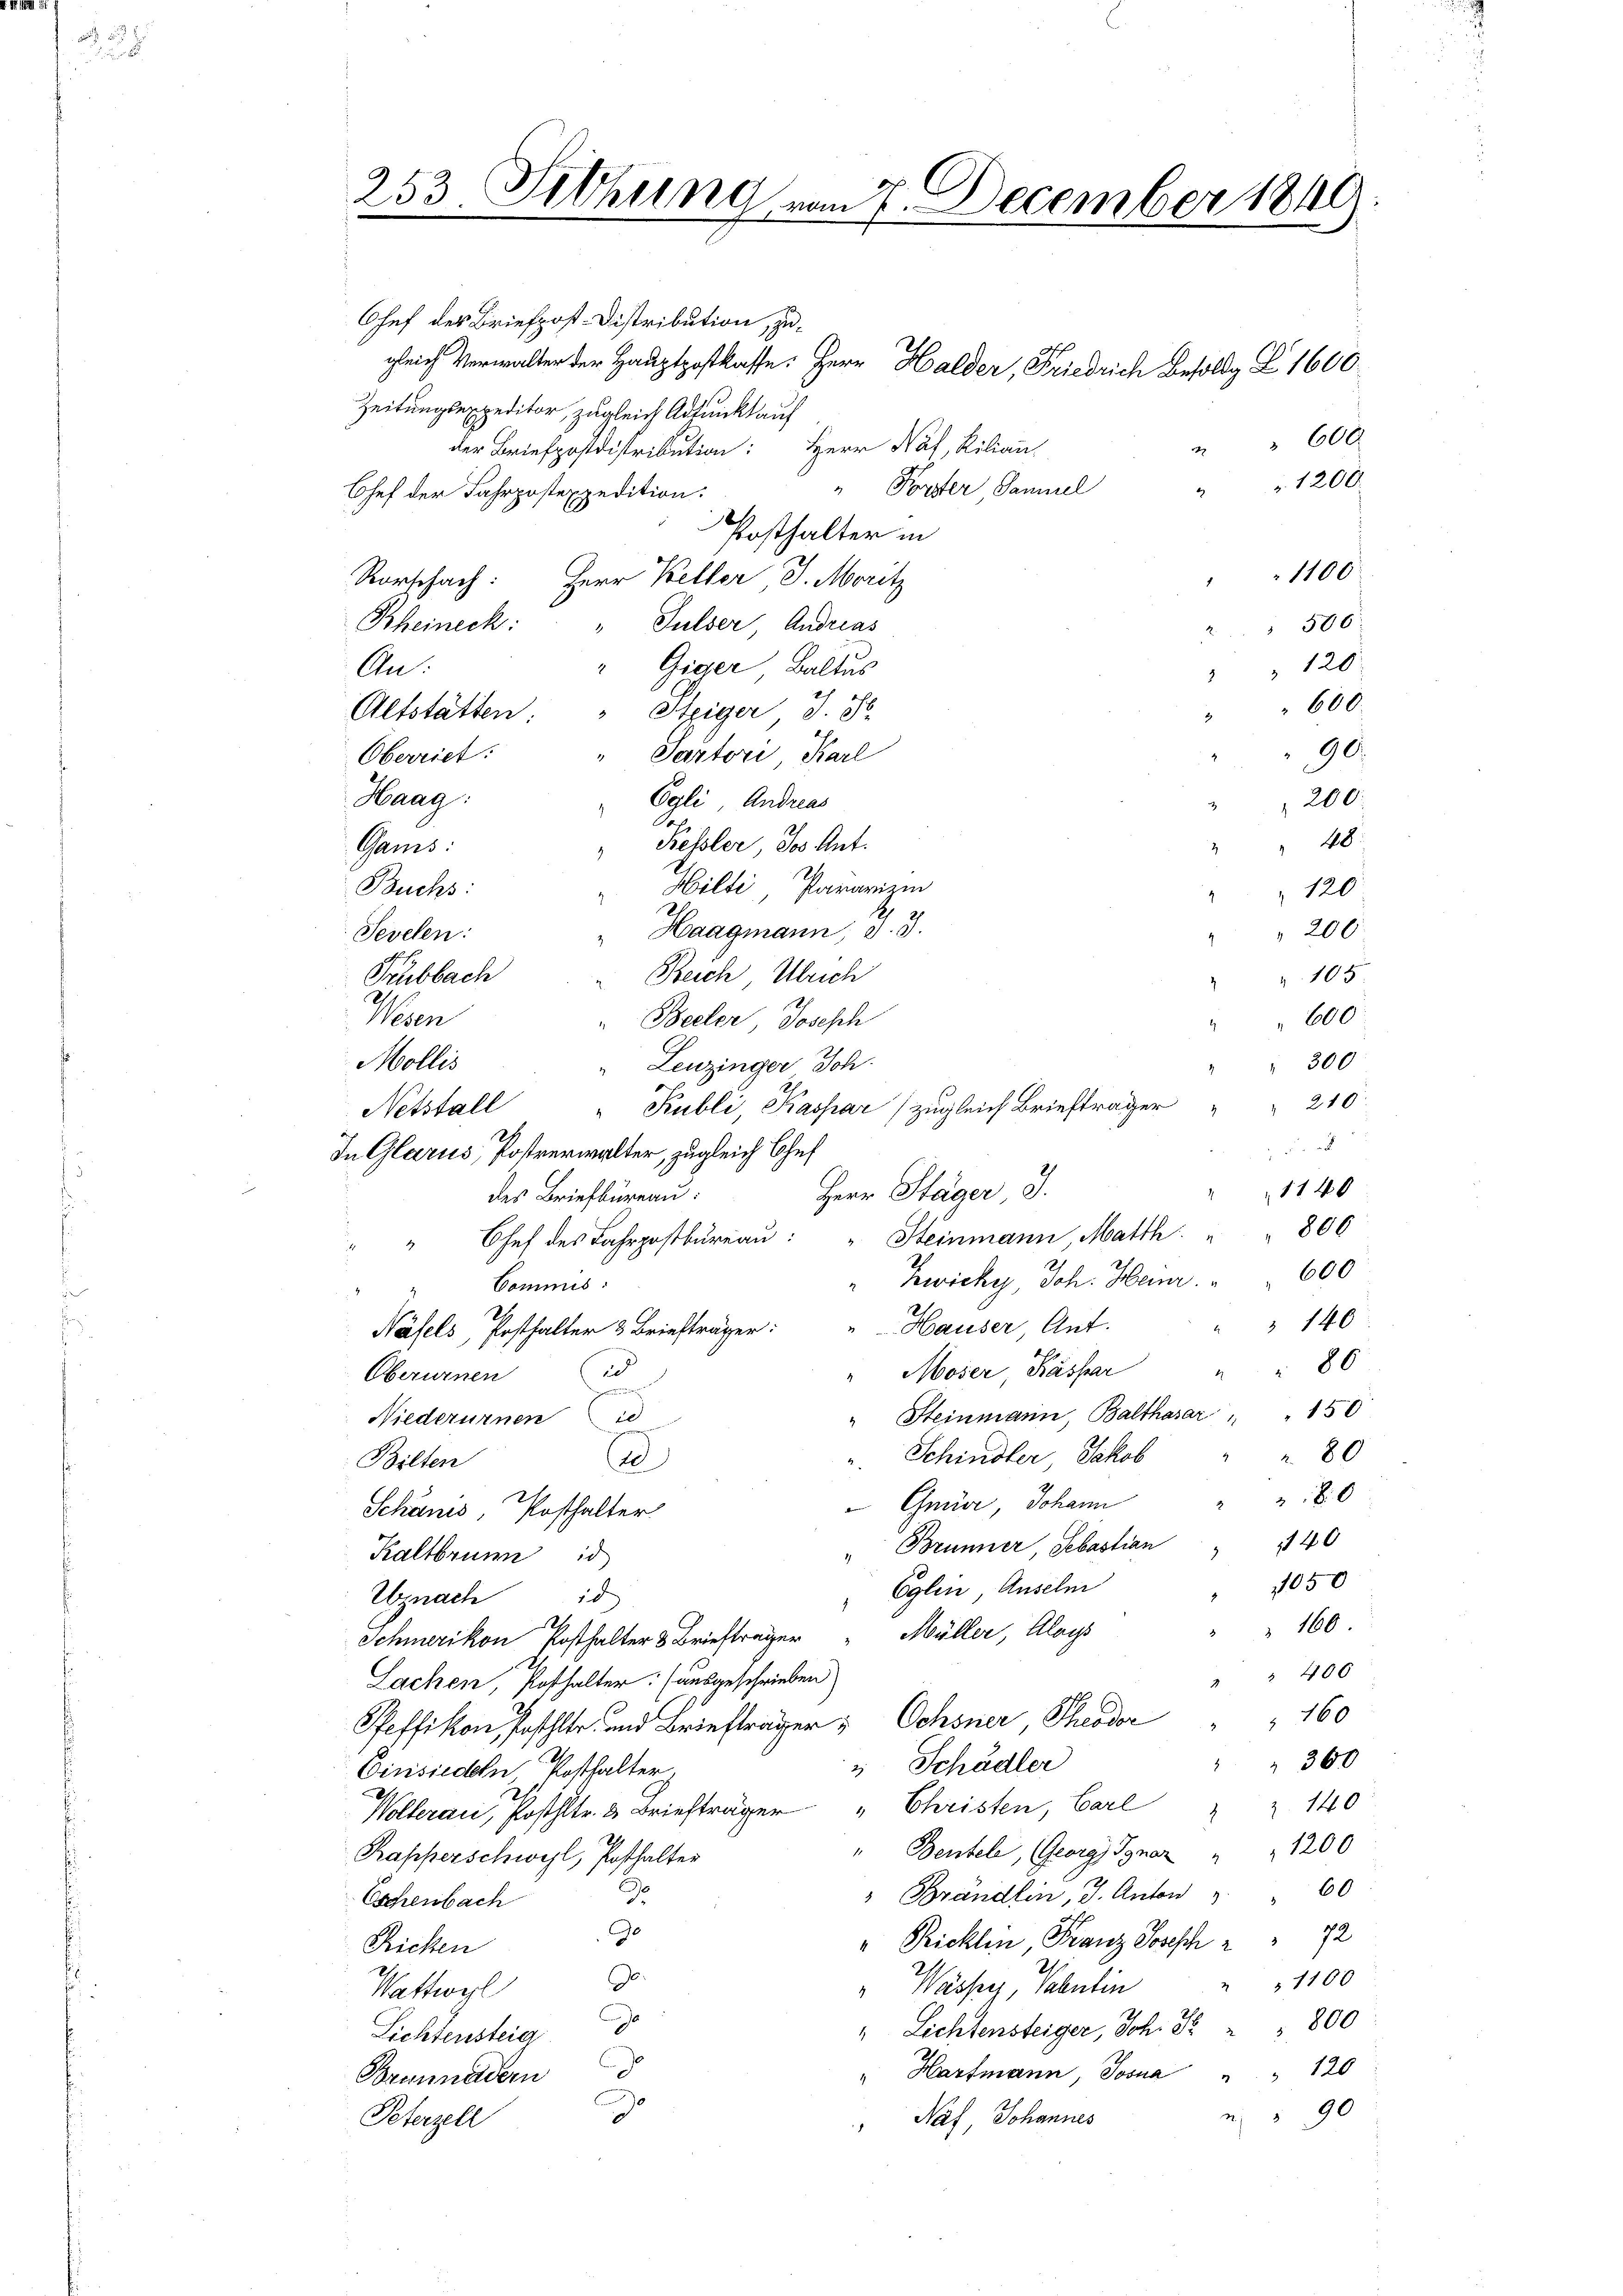
253. Sitzung von 7. Decem

e

Ohef des Briefpost. Distribution, zugleich Verwalter der Hauptpostkasse. Herr Halder, Friedrich Besoldg Z. 1600.
Zeitungsexpeditor, zugleich Adjunkt auf
der Briefpostdistribution: Herr Naf, Kilian,
" Porster Sammel
Chef der Fahrpostexpedition.
Posthalter in
Rorschach: Herr Keller J. Moritz
Rheineck: " Fulser Andreas
" Giger Baltes
An:
Altstatten: " Steiger J. J.
" Partore, Karl
Oberriet:
Haag:
Egli, Andreas
200
48
" Kessler, Jos. Ant.
Gams
Hilte Pararien
Buchs:
" " 120
Haagmann, I. 3.
Jevelen:
" " 200
Trubbach
Reich, Ulrich
 102
Wesen
600
Beeler Joseph
300
Mollis
Leuzinger Joh.
Netstall " Publi, Kaspar (zugleich Briefträger " " 210
e
In Glarus, Postverwalter, zugleich Chef
1140
Herr Stäger J.
des Briefbureau.
" Chef des Fahrpostbureau: " Steinmann, Matth " " 800
600
Zwicky Joh. Heur.
Commis:
140
Näfels, Posthalter 3 Briefträger: " Hauser, Ant.
86
u
" Moser, Kaspar
Oberurnen

" Steinmann, Balthasar " " 150
Niederurnen d
Schindler Jakob
 80
Bilten
.
380
Gmüde, Johann
Schanis Posthalter
" Brunner, Sebastian " 140
Kaltbrunn is
1050
 Eglin Anselm
18
Uznach
160.
Müller, Aloys
Schmerikon Posthalter 3 Briefträger
" 400
Lachen, Posthalter: (ausgeschrieben.
160
Pfeffikon faschler- und Briefträger Ochsner, Theodor
" " 36.
" Schädler
Einsiedeln Posthalter.
Wollerau, Posthltr. 2 Briefträger " Christen, Carl " Z. 14.
" Bentel, (Georg Graz " " 120 x
Kapperschwyl, Posthalter
" Brandlin, J. Anton 3. 60
d
Eschenbach
Je
"Pricklen, Franz Josesch " " 72
Ricken
J.
"Wasse, Valentin " " 1100
Wattwerl
" Lichtensteiger, Joh. S " 800
Lichtensteig
" Hartmann, Josua " " 120
Brunnädern
90
"Naf, Johannes
Peterzell

2
1100.
 506
" " 120
" " 600.
90.

.

" 600
. 1200.

.

8
0
9
6
g